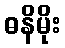
ဓနိမိုး